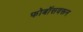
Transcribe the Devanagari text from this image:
फोबॉसवरून